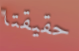
حقيقتا